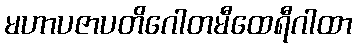
မဟာပဇာပတိဂေါတမီထေရီဂါထာ